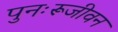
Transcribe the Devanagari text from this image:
पुनःरूजीवन